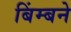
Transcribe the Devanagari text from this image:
बिंम्बने